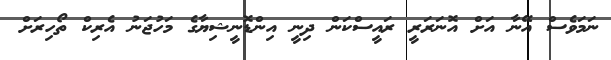
ނަމަވެސް އޭނާ އަށް އޮނަރަރީ ރައީސްކަން ދިނީ އިންޑޮނީޝިޔާގެ މަހުޖަނު އެރިކް ތޯހިރަށް